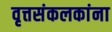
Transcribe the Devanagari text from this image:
वृत्तसंकलकांना